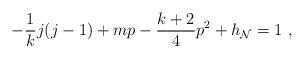
LaTeX: \begin{align*}-\frac{1}{k}j(j-1) +mp - \frac{k+2}{4}p^2 + h _{\cal N} = 1~,\end{align*}